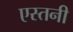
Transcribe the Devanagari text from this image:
एस्तनी